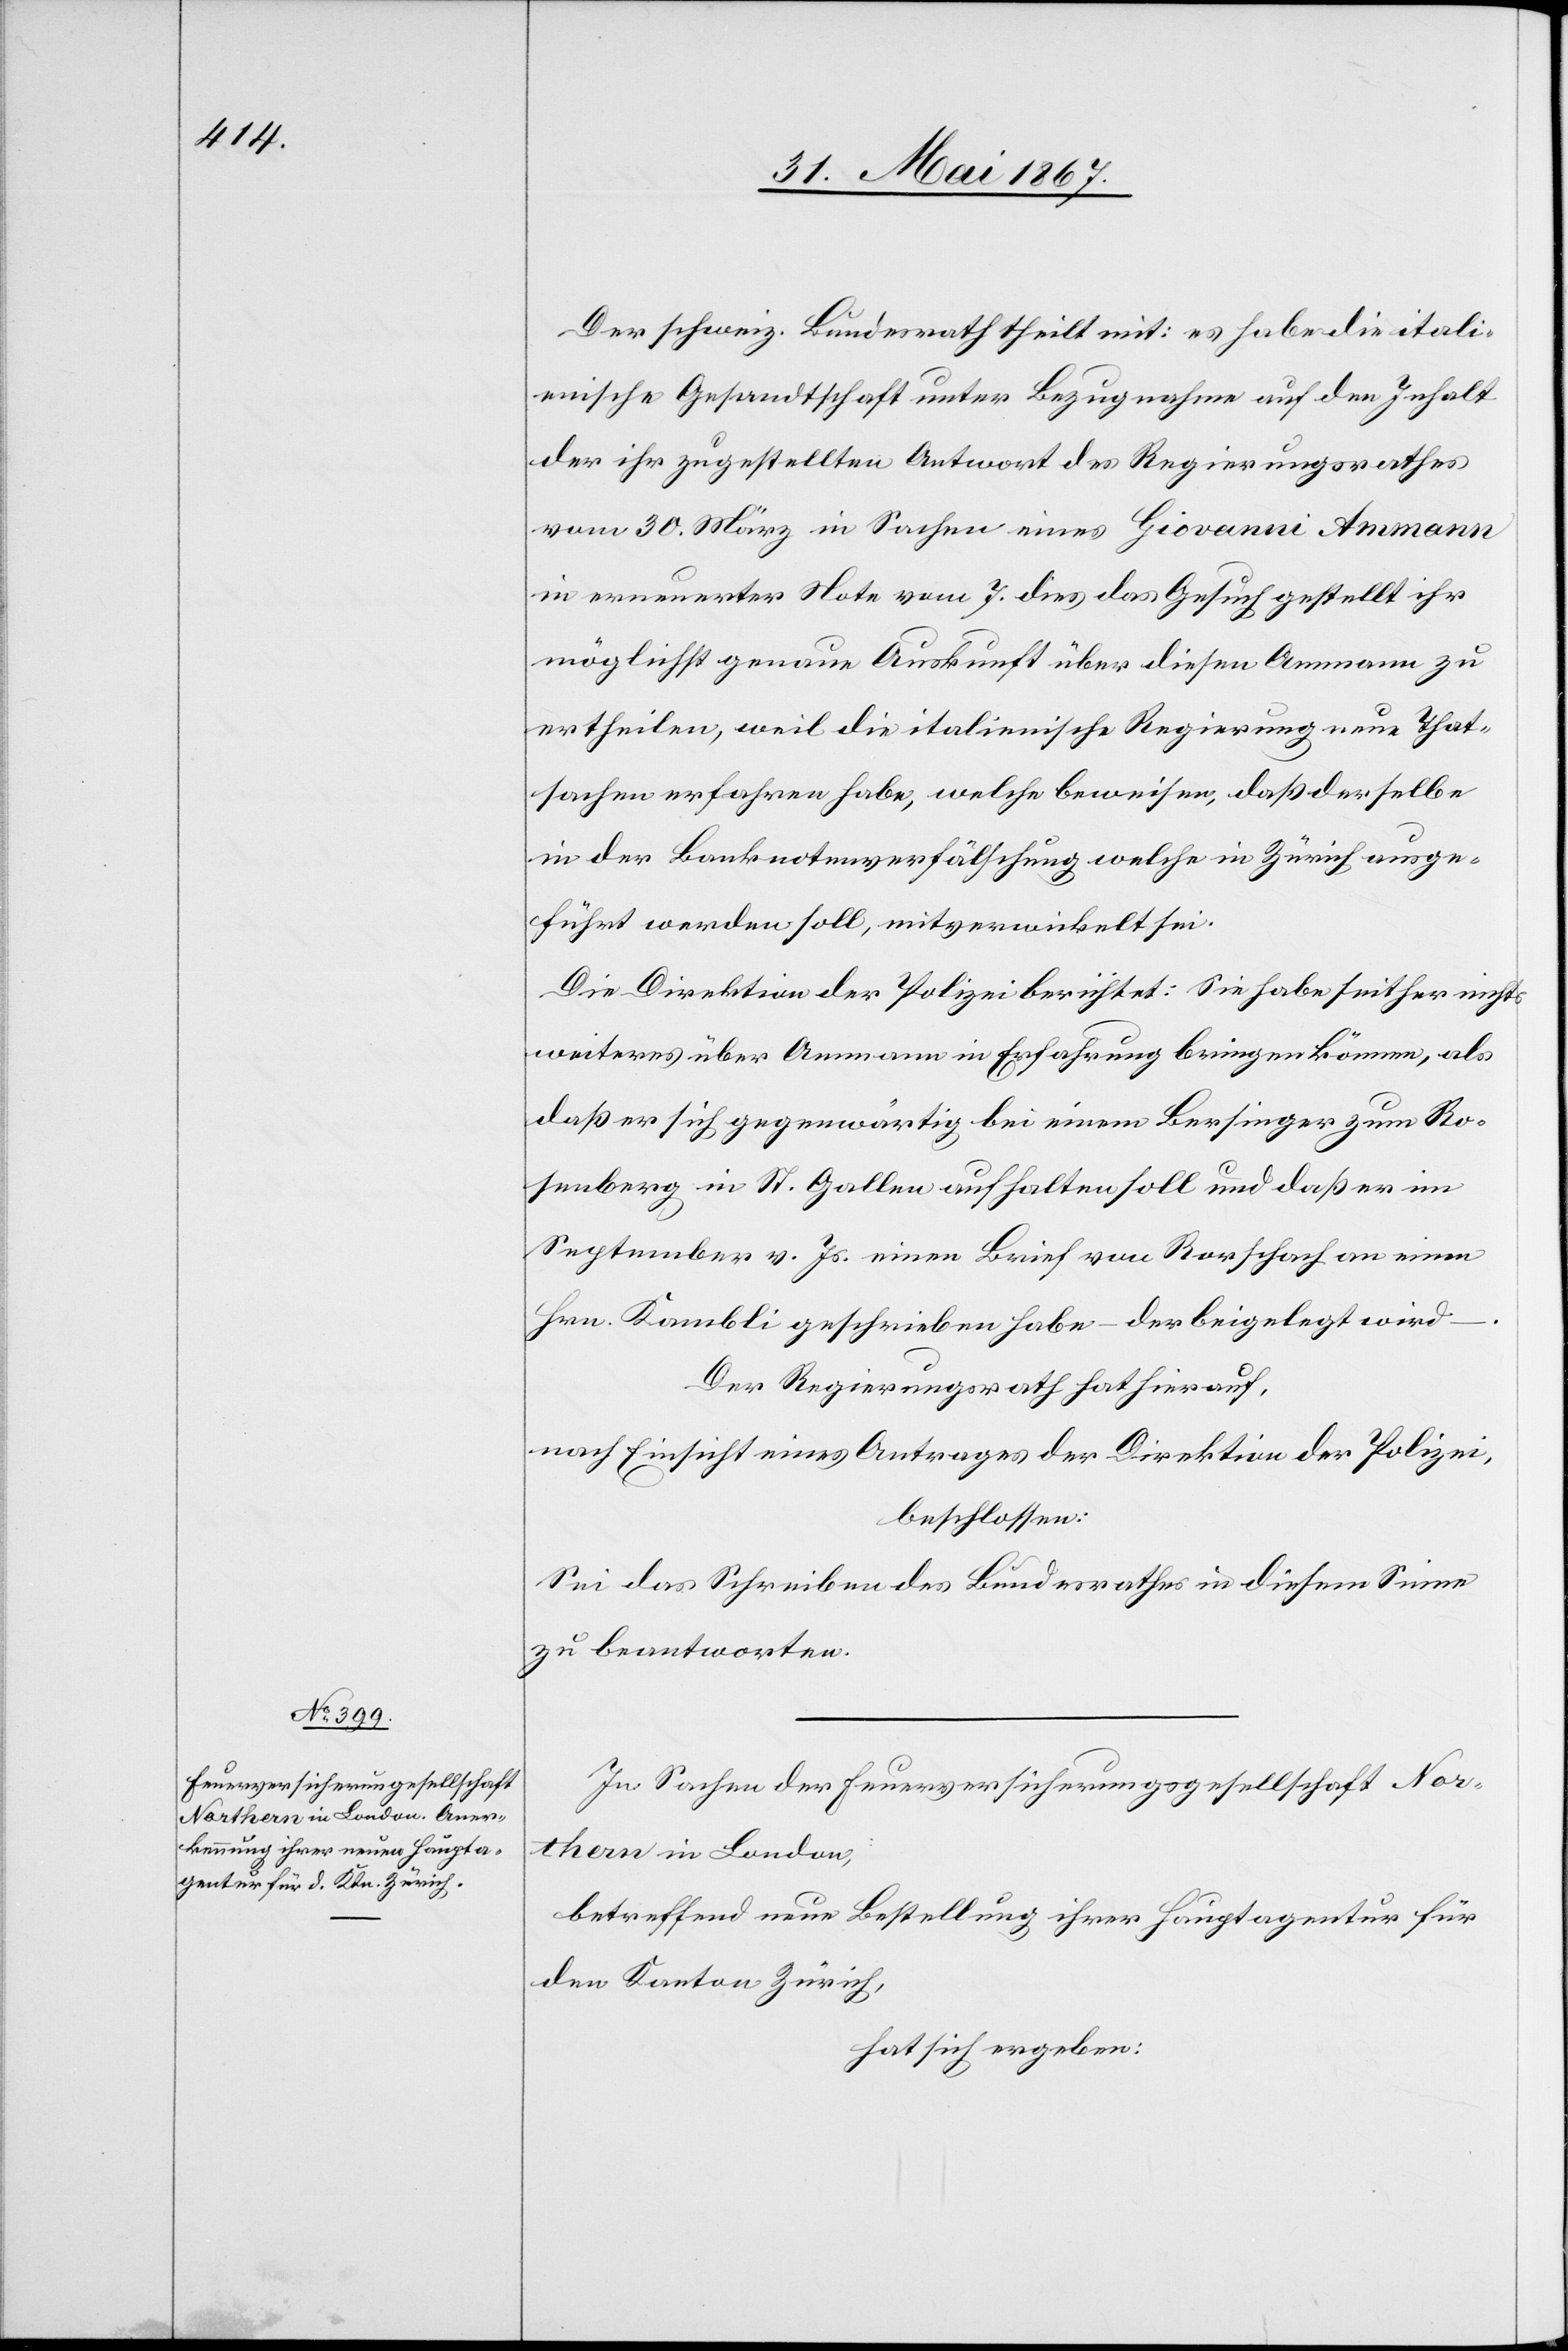
Der schweiz. Bundesrath theilt mit: es habe die itali¬
enische Gesandtschaft unter Bezugnahme auf den Inhalt
der ihr zugestellten Antwort des Regierungsrathes
vom 30. März in Sachen eines Giovanni Amman
in erneuerter Note vom 7. dies das Gesuch gestellt ihr
möglichst genaue Auskunft über diesen Ammann zu
ertheilen, weil die italienische Regierung neue That¬
sachen erfahren habe, welche beweisen, daß derselbe
in der Banknotenfälschung welche in Zürich ausge¬
führt werden soll, mitverwickelt sei.
Die Direktion der Polizei berichtet: Sie habe seither nichts
weiteres über Ammann in Erfahrung bringen können, als
daß er sich gegenwärtig bei einem Bersinger zum Ro¬
senberg in St. Gallen aufhalten soll und daß er im
September v. Js. einen Brief von Rorschach an einen
Hrn. Kambli geschrieben habe – der beigelegt wird
Der Regierungsrath hat hierauf,
nach Einsicht eines Antrages der Direktion der Polizei,
beschlossen:
Sei das Schreiben des Bundesrathes in diesem Sinne
zu beantworten.
In Sachen der Feuerversicherungsgesellschaft Nor¬
thern in London,
betreffend neue Bestellung ihrer Hauptagentur für
den Kanton Zürich,
hat sich ergeben: